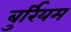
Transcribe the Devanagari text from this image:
बुर्रियम